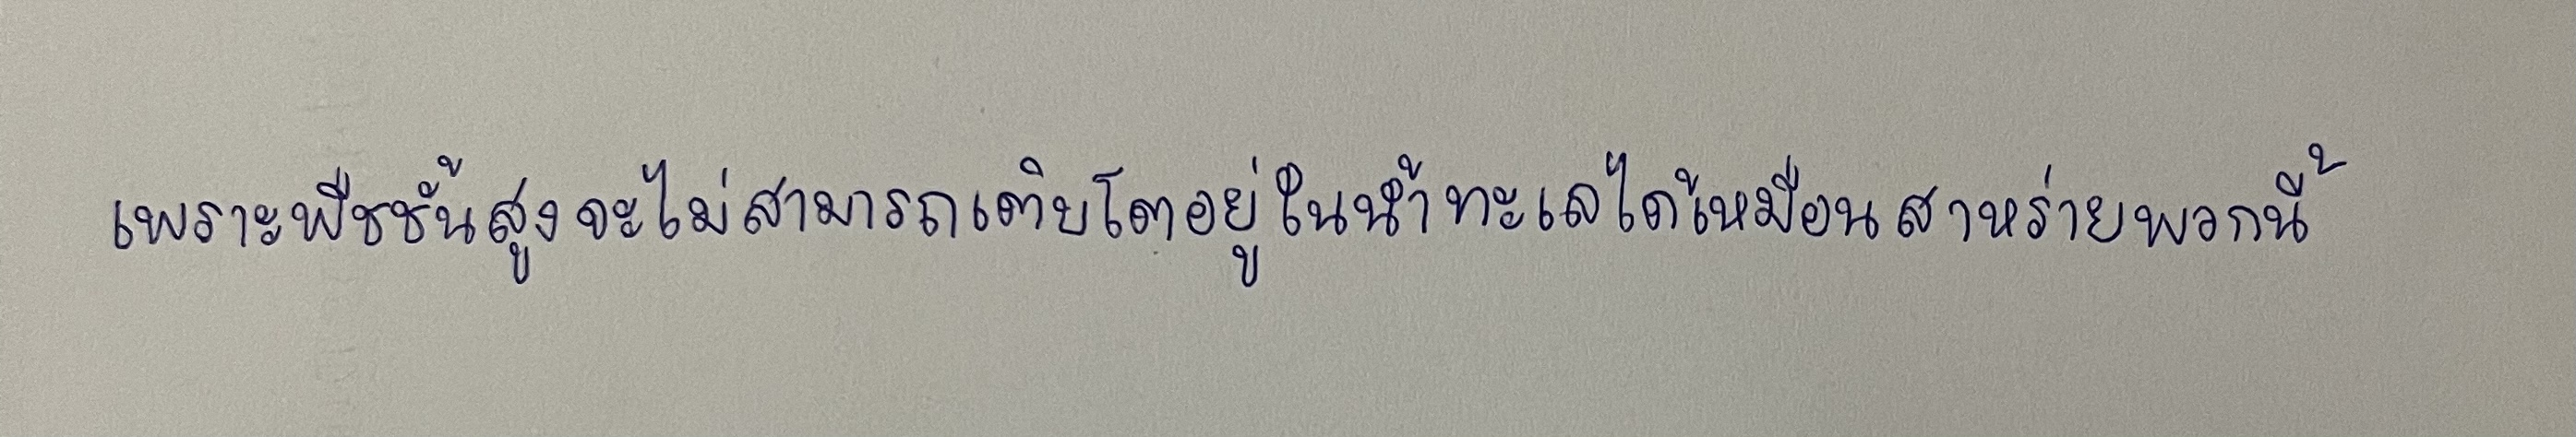
เพราะพืชชั้นสูงจะไม่สามารถเติบโตอยู่ในน้ำทะเลได้เหมือนสาหร่ายพวกนี้